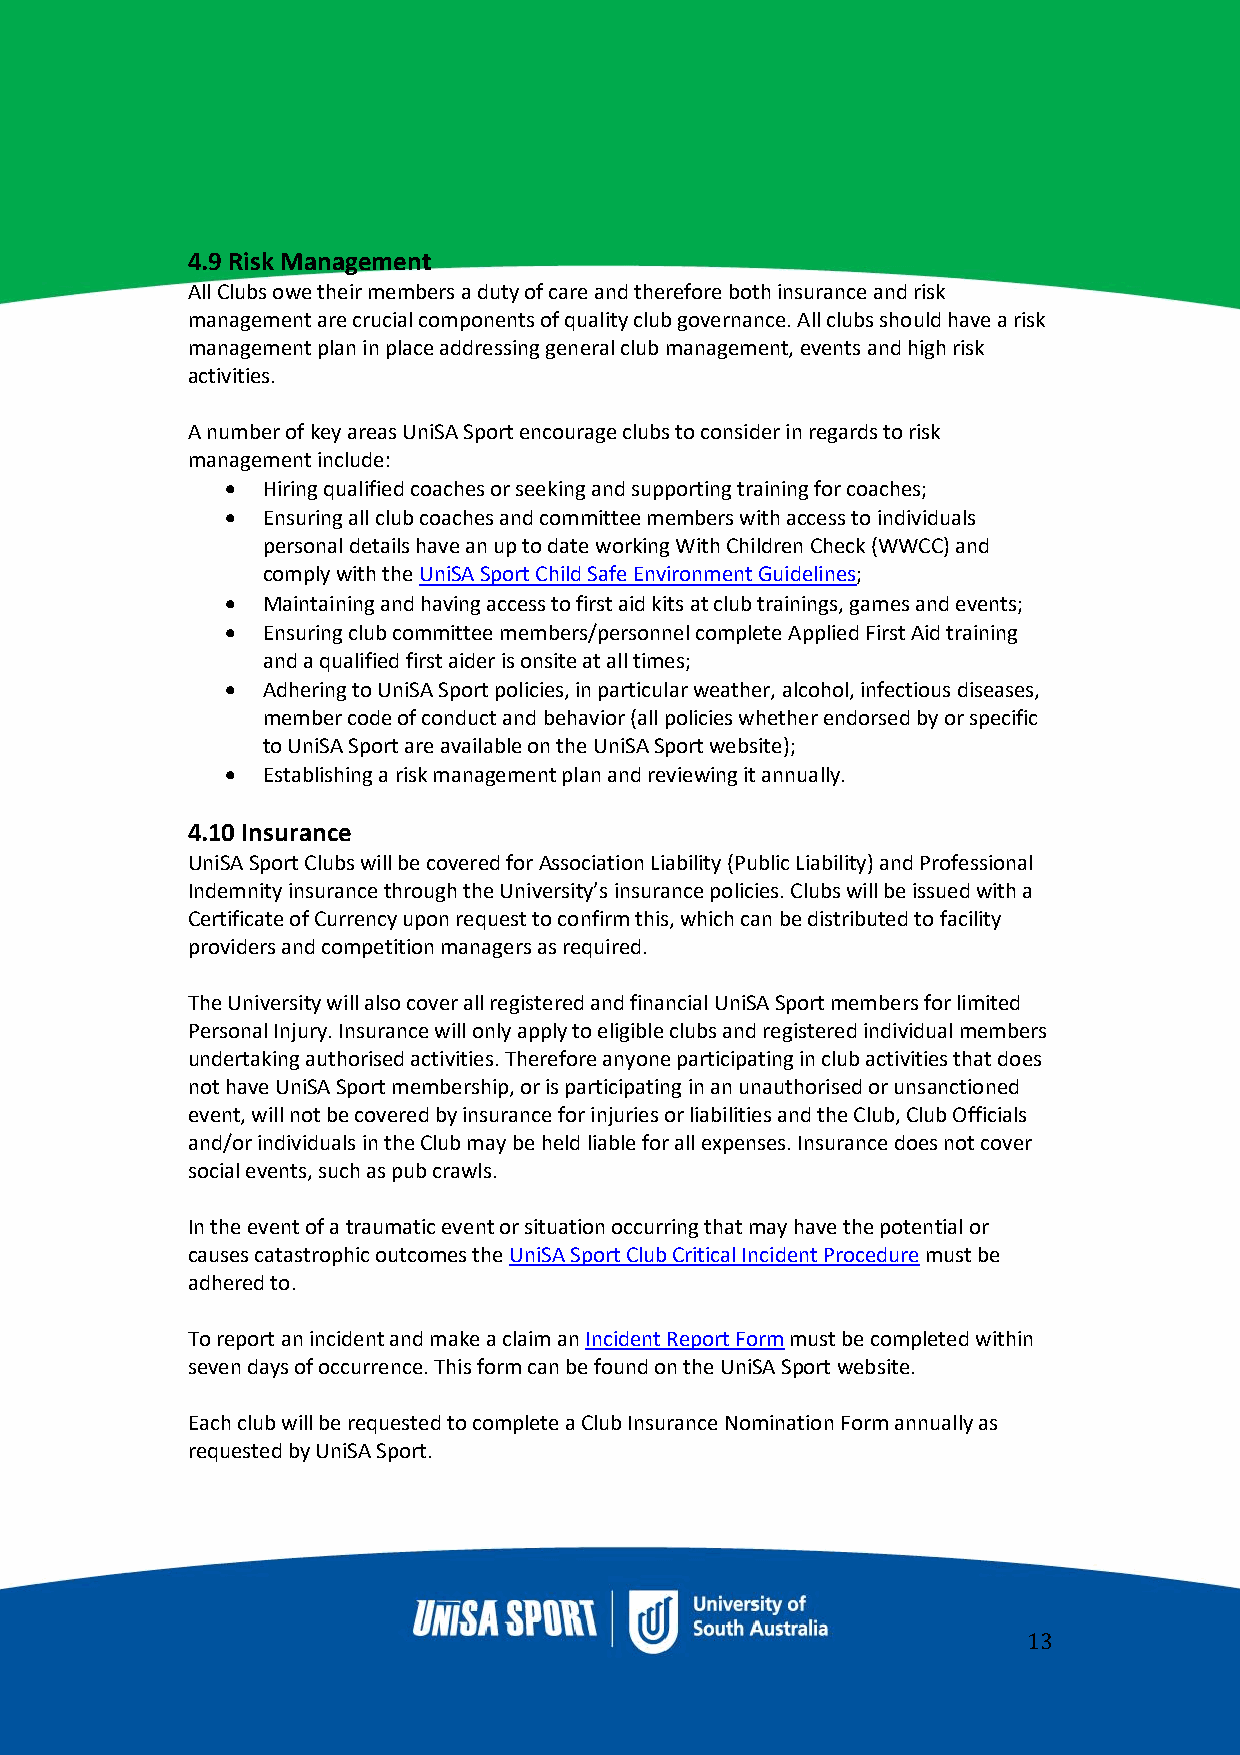
4.9 Risk Management
 All Clubs owe their members a duty of care and therefore both insurance and risk
 management are crucial components of quality club governance. All clubs should have a risk
 management plan in place addressing general club management, events and high risk
 activities.
 A number of key areas UniSA Sport encourage clubs to consider in regards to risk
 management include:
 • Hiring qualified coaches or seeking and supporting training for coaches;
 • Ensuring all club coaches and committee members with access to individuals
 personal details have an up to date working With Children Check (WWCC) and
 comply with the UniSA Sport Child Safe Environment Guidelines;
 • Maintaining and having access to first aid kits at club trainings, games and events;
 • Ensuring club committee members/personnel complete Applied First Aid training
 and a qualified first aider is onsite at all times;
 • Adhering to UniSA Sport policies, in particular weather, alcohol, infectious diseases,
 member code of conduct and behavior (all policies whether endorsed by or specific
 to UniSA Sport are available on the UniSA Sport website);
 • Establishing a risk management plan and reviewing it annually.
 4.10 Insurance
 UniSA Sport Clubs will be covered for Association Liability (Public Liability) and Professional
 Indemnity insurance through the University’s insurance policies. Clubs will be issued with a
 Certificate of Currency upon request to confirm this, which can be distributed to facility
 providers and competition managers as required.
 The University will also cover all registered and financial UniSA Sport members for limited
 Personal Injury. Insurance will only apply to eligible clubs and registered individual members
 undertaking authorised activities. Therefore anyone participating in club activities that does
 not have UniSA Sport membership, or is participating in an unauthorised or unsanctioned
 event, will not be covered by insurance for injuries or liabilities and the Club, Club Officials
 and/or individuals in the Club may be held liable for all expenses. Insurance does not cover
 social events, such as pub crawls.
 In the event of a traumatic event or situation occurring that may have the potential or
 causes catastrophic outcomes the UniSA Sport Club Critical Incident Procedure must be
 adhered to.
 To report an incident and make a claim an Incident Report Form must be completed within
 seven days of occurrence. This form can be found on the UniSA Sport website.
 Each club will be requested to complete a Club Insurance Nomination Form annually as
 requested by UniSA Sport.
 13